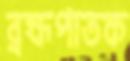
ব্রহ্মপাতক